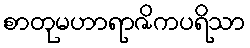
စာတုမဟာရာဇိကပရိသာ